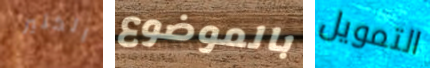
الكثير بالموضوع التمويل